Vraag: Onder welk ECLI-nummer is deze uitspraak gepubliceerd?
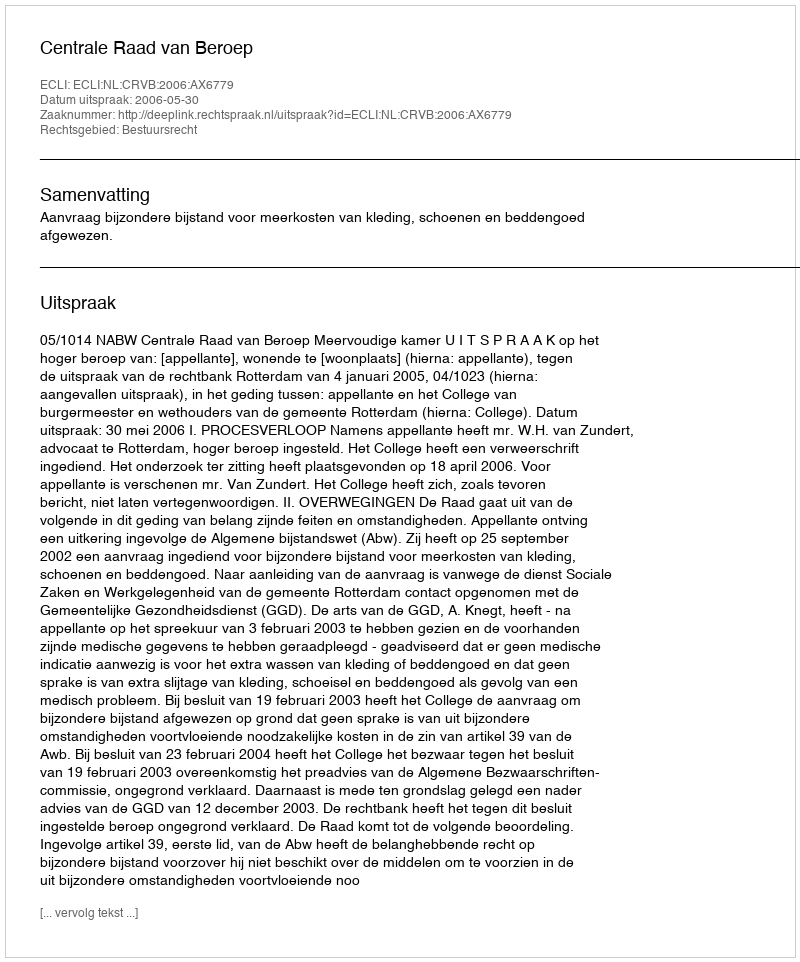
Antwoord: ECLI:NL:CRVB:2006:AX6779